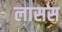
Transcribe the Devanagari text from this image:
लासस